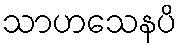
သာဟသေနပိ